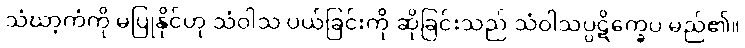
သံဃာ့ကံကို မပြုနိုင်ဟု သံဝါသ ပယ်ခြင်းကို ဆိုခြင်းသည် သံဝါသပ္ပဋိက္ခေပ မည်၏။